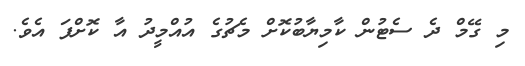
މި ގޭމް ދެ ސެޓުން ކާމިޔާބުކޮށް މެޗުގެ އުއްމީދު އާ ކޮށްފަ އެވެ.